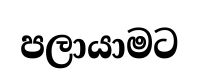
පලායාමට